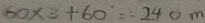
6 0 \times 3 + 6 0 = 2 4 0 n